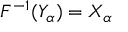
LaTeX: F ^ { - 1 } ( Y _ { \alpha } ) = X _ { \alpha }